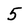
Character: 5